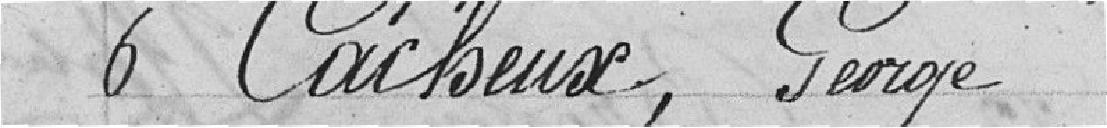
6 Cacheux, George